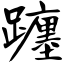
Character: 躔